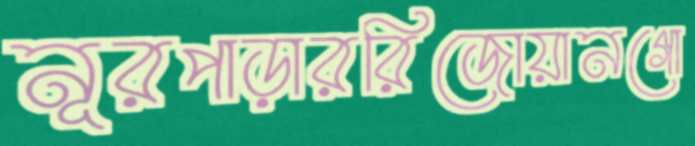
নূরপাড়াররিজোয়ানগো